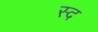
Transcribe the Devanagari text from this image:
स्द